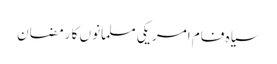
سیاہ فام امریکی مسلمانوں کا رمضان